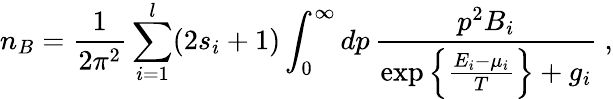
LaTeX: n_{B}={\frac{1}{2\pi^{2}}}\sum_{i=1}^{l}(2s_{i}+1)\int_{0}^{\infty}dp\, {\frac{p^{2}B_{i}}{\exp\left\{ {\frac{E_{i}-\mu_{i}}{T}}\right\} +g_{i}}}\ ,